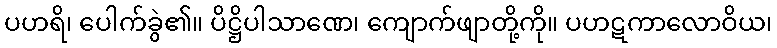
ပဟရိ၊ ပေါက်ခွဲ၏။ ပိဋ္ဌိပါသာဏေ၊ ကျောက်ဖျာတို့ကို။ ပဟဋကာလောဝိယ၊